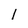
Character: l